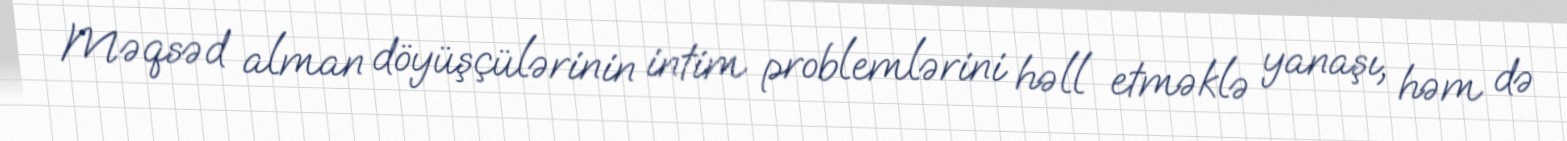
Məqsəd alman döyüşçülərinin intim problemlərini həll etməklə yanaşı, həm də